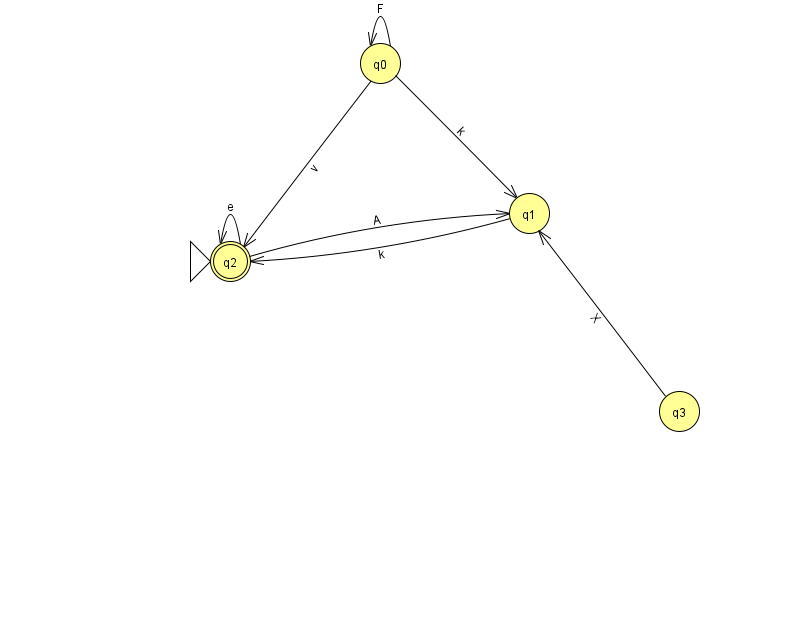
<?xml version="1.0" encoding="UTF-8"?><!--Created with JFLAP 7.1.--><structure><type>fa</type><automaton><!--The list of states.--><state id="0" name="q0"><x>380.0</x><y>50.0</y></state><state id="1" name="q1"><x>529.0</x><y>200.0</y></state><state id="2" name="q2"><x>230.0</x><y>248.0</y><initial/><final/></state><state id="3" name="q3"><x>679.0</x><y>398.0</y></state><!--The list of transitions.--><transition><from>0</from><to>1</to><read>k</read></transition><transition><from>1</from><to>2</to><read>k</read></transition><transition><from>2</from><to>2</to><read>e</read></transition><transition><from>0</from><to>0</to><read>F</read></transition><transition><from>0</from><to>2</to><read>v</read></transition><transition><from>2</from><to>1</to><read>A</read></transition><transition><from>3</from><to>1</to><read>X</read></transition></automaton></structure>